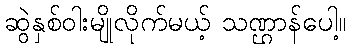
ဆွဲနှစ်ဝါးမျိုလိုက်မယ့် သဏ္ဌာန်ပေါ့။